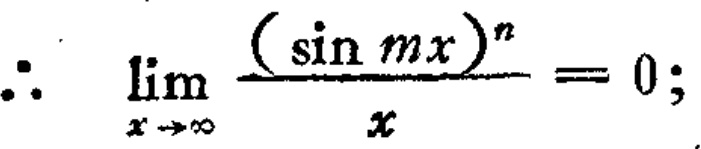
\(\therefore \lim_{x \to \infty} \frac{(\sin mx)^n}{x}=0;\)